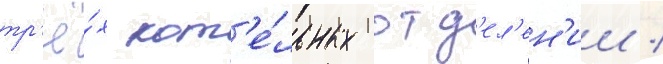
тр'ё́х кот'е́льных отд'ел'ен'ии /